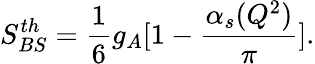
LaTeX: S_{BS}^{th}=\frac{1}{6}g_{A}[1-\frac{\alpha_{s}(Q^{2})}{\pi}].